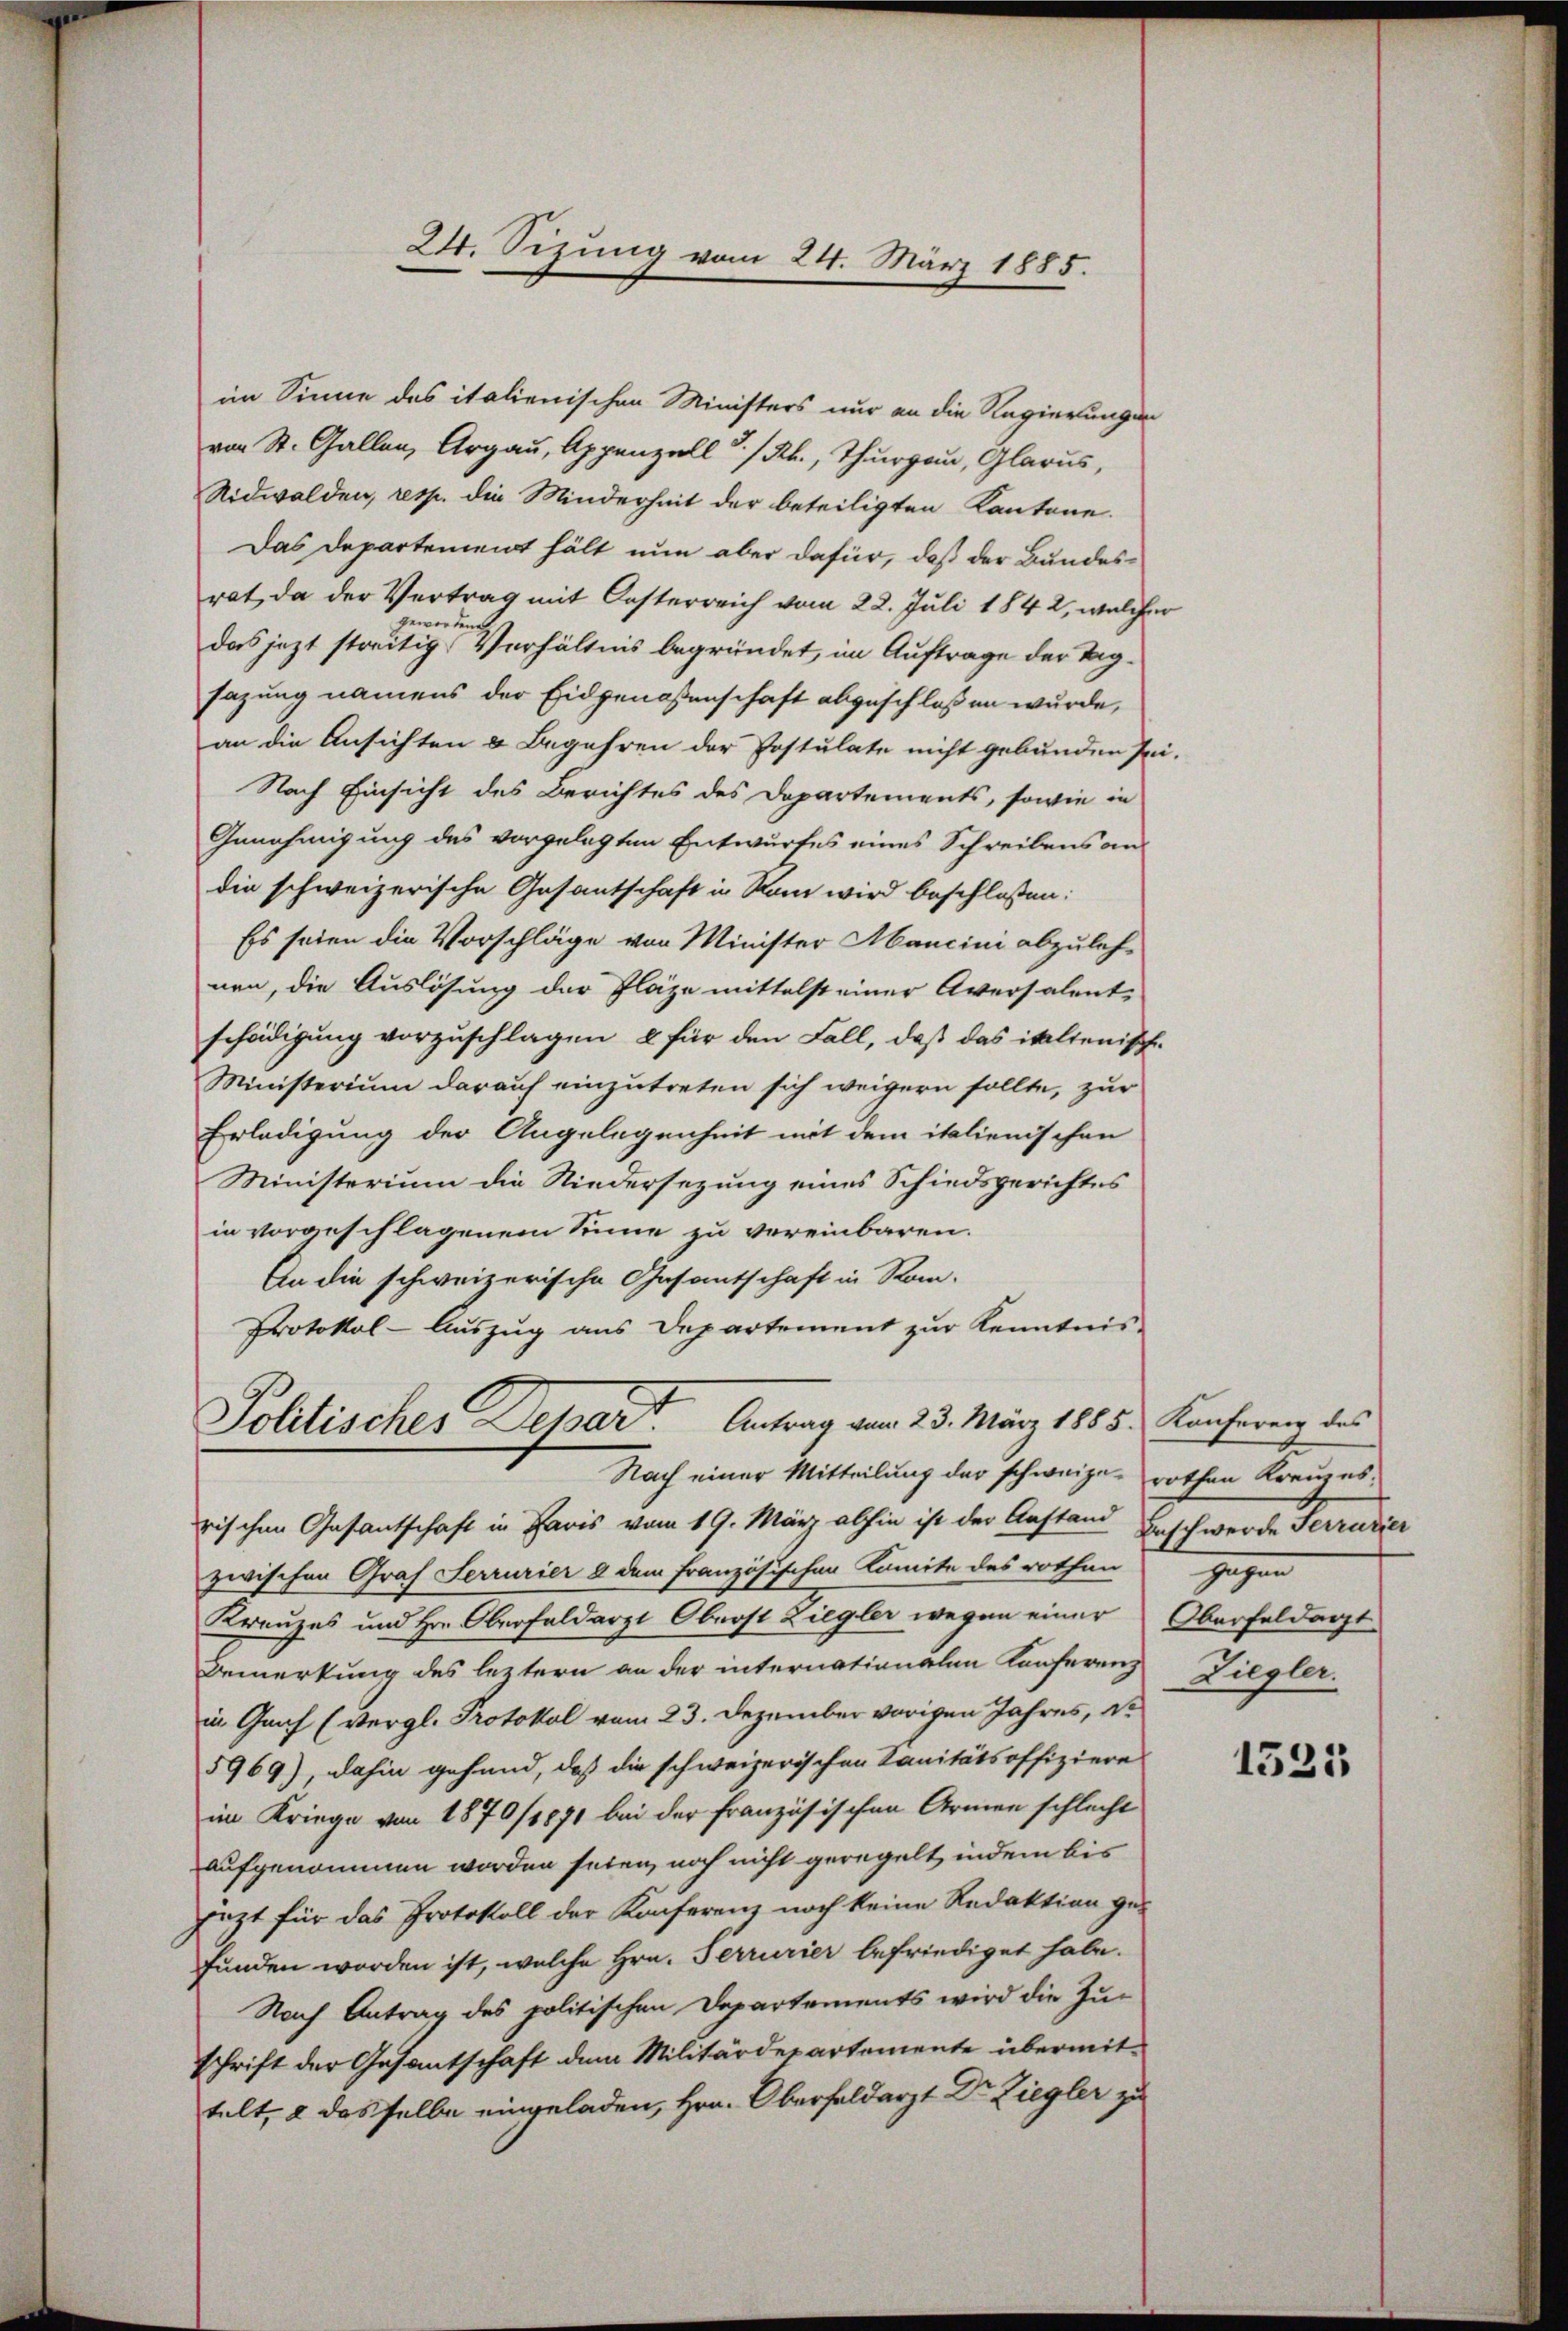
im Sinne des italienischen Ministers nur an die Regierungen
von St. Gallen, Argau, Appenzell a/Rh., Thurgau, Glarus,
Nidwalden, resp. die Minderheit der beteiligten Kantone.
Das Departement hält nun aber dafür, daß der Bundesrat, da der Vertrag mit Oesterreich vom 22. Juli 1842, welcher
gewordenen
das jezt streitig Verhältnis begründet, im Auftrage der Tagsazung namens der Eidgenossenschaft abgeschlossen wurde,
an die Ansichten & Begehren der Postulate nicht gebunden sei.
Nach Einsicht des Berichtes des Departements, sowie in
Genehmigung des vorgelegten Entwurfes eines Schreibens an
die schweizerische Gesantschaft in Ram wird beschlossen:
Es seien die Vorschläge von Minister Mancini abzulehnen, die Auslösung der Plaze mittelst einer Aversalent-
schädigung vorzuschlagen, & für den Fall, daß das italienische
Ministerium darauf einzutreten sich weigern sollte, zur
Erledigung der Angelegenheit mit dem italienischen
Ministerium die Niedersezung eines Schiedsgerichtes
in vorgeschlagenem Sinne zu vereinbaren.
An die schweizerische Gesamtschaft in Rom-
Protokol-Auszug aus Departement zur Kenntnis-
Politisches Depart. Antrag am 23. März 1885. Konferenz des
Nach einer Mitteilung der schweize- rothen Kreuzes.
rischen Gesantschaft in Paris vom 19. März abhin ist der Anstand Beschwerde Ferrarier
zwischen Graf Ferrurier a dem Französischen Komite des rothen
Kreuzes und Hrn. Oberfeldarzt Oberst Ziegler wegen einer Oberfeldarzt
Bemerkung des leztern an der internationalen Konferenz
in Graf (vergl. Protokol vom 23. Dezember vorigen Jahres, St
5969), dahin gehand, daß die schweizerischen Sanitätsoffiziere
im Kriege von 1870/1871 bei der französischen Armen schlecht
aufgenommen worden seien, noch nicht geregelt, indem bis
jezt für das Protokoll der Konferenz noch keine Redaktion gefunden worden ist, welche Hrn. Ferrurier befriediget habe.
Nach Antrag des politischen Departements wird die Zu-
schrift der Gesantschaft dem Militärdepartemente übermit-
telt, u das selbe eingeladen, Hrn. Oberfeldarzt Dr. Ziegler zu

24. Sizung vom 24. März 1885.

gegen
Ziegler.

1525